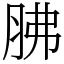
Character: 胇